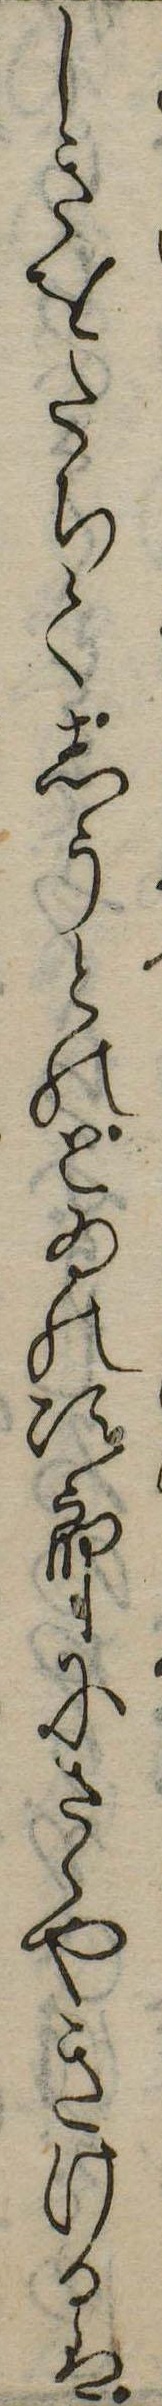
しきをたちてしうとのとゐの次郎にさゝやきけるは